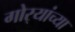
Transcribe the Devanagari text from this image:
गोर्‍यांच्या